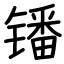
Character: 𫔍